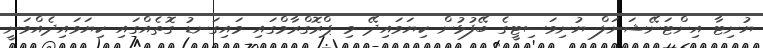
ޔުނިޓާ އިންޓަނޭޝަނަލް ޔުނިވަސިޓީގެ ބޭފުޅުން ކިޔަވައިދޭ މި ޕްރޮގްރާމްގައި މައިގަނޑު ގޮތެއްގައި ކިޔަވައިދެއްވަނީ